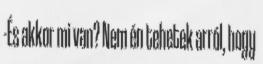
-És akkor mi van? Nem én tehetek arról, hogy